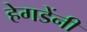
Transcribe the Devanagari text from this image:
हेगडेंनी